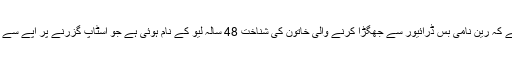
پولیس کا کہنا ہے کہ رین نامی بس ڈرائیور سے جھگڑا کرنے والی خاتون کی شناخت 48 سالہ لیو کے نام ہوئی ہے جو اسٹاپ گزرنے پر آپے سے باہر ہوگئی تھی۔